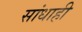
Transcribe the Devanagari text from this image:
सांधाही